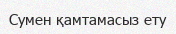
Сумен қамтамасыз ету